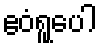
ဧဝံရူပေါ